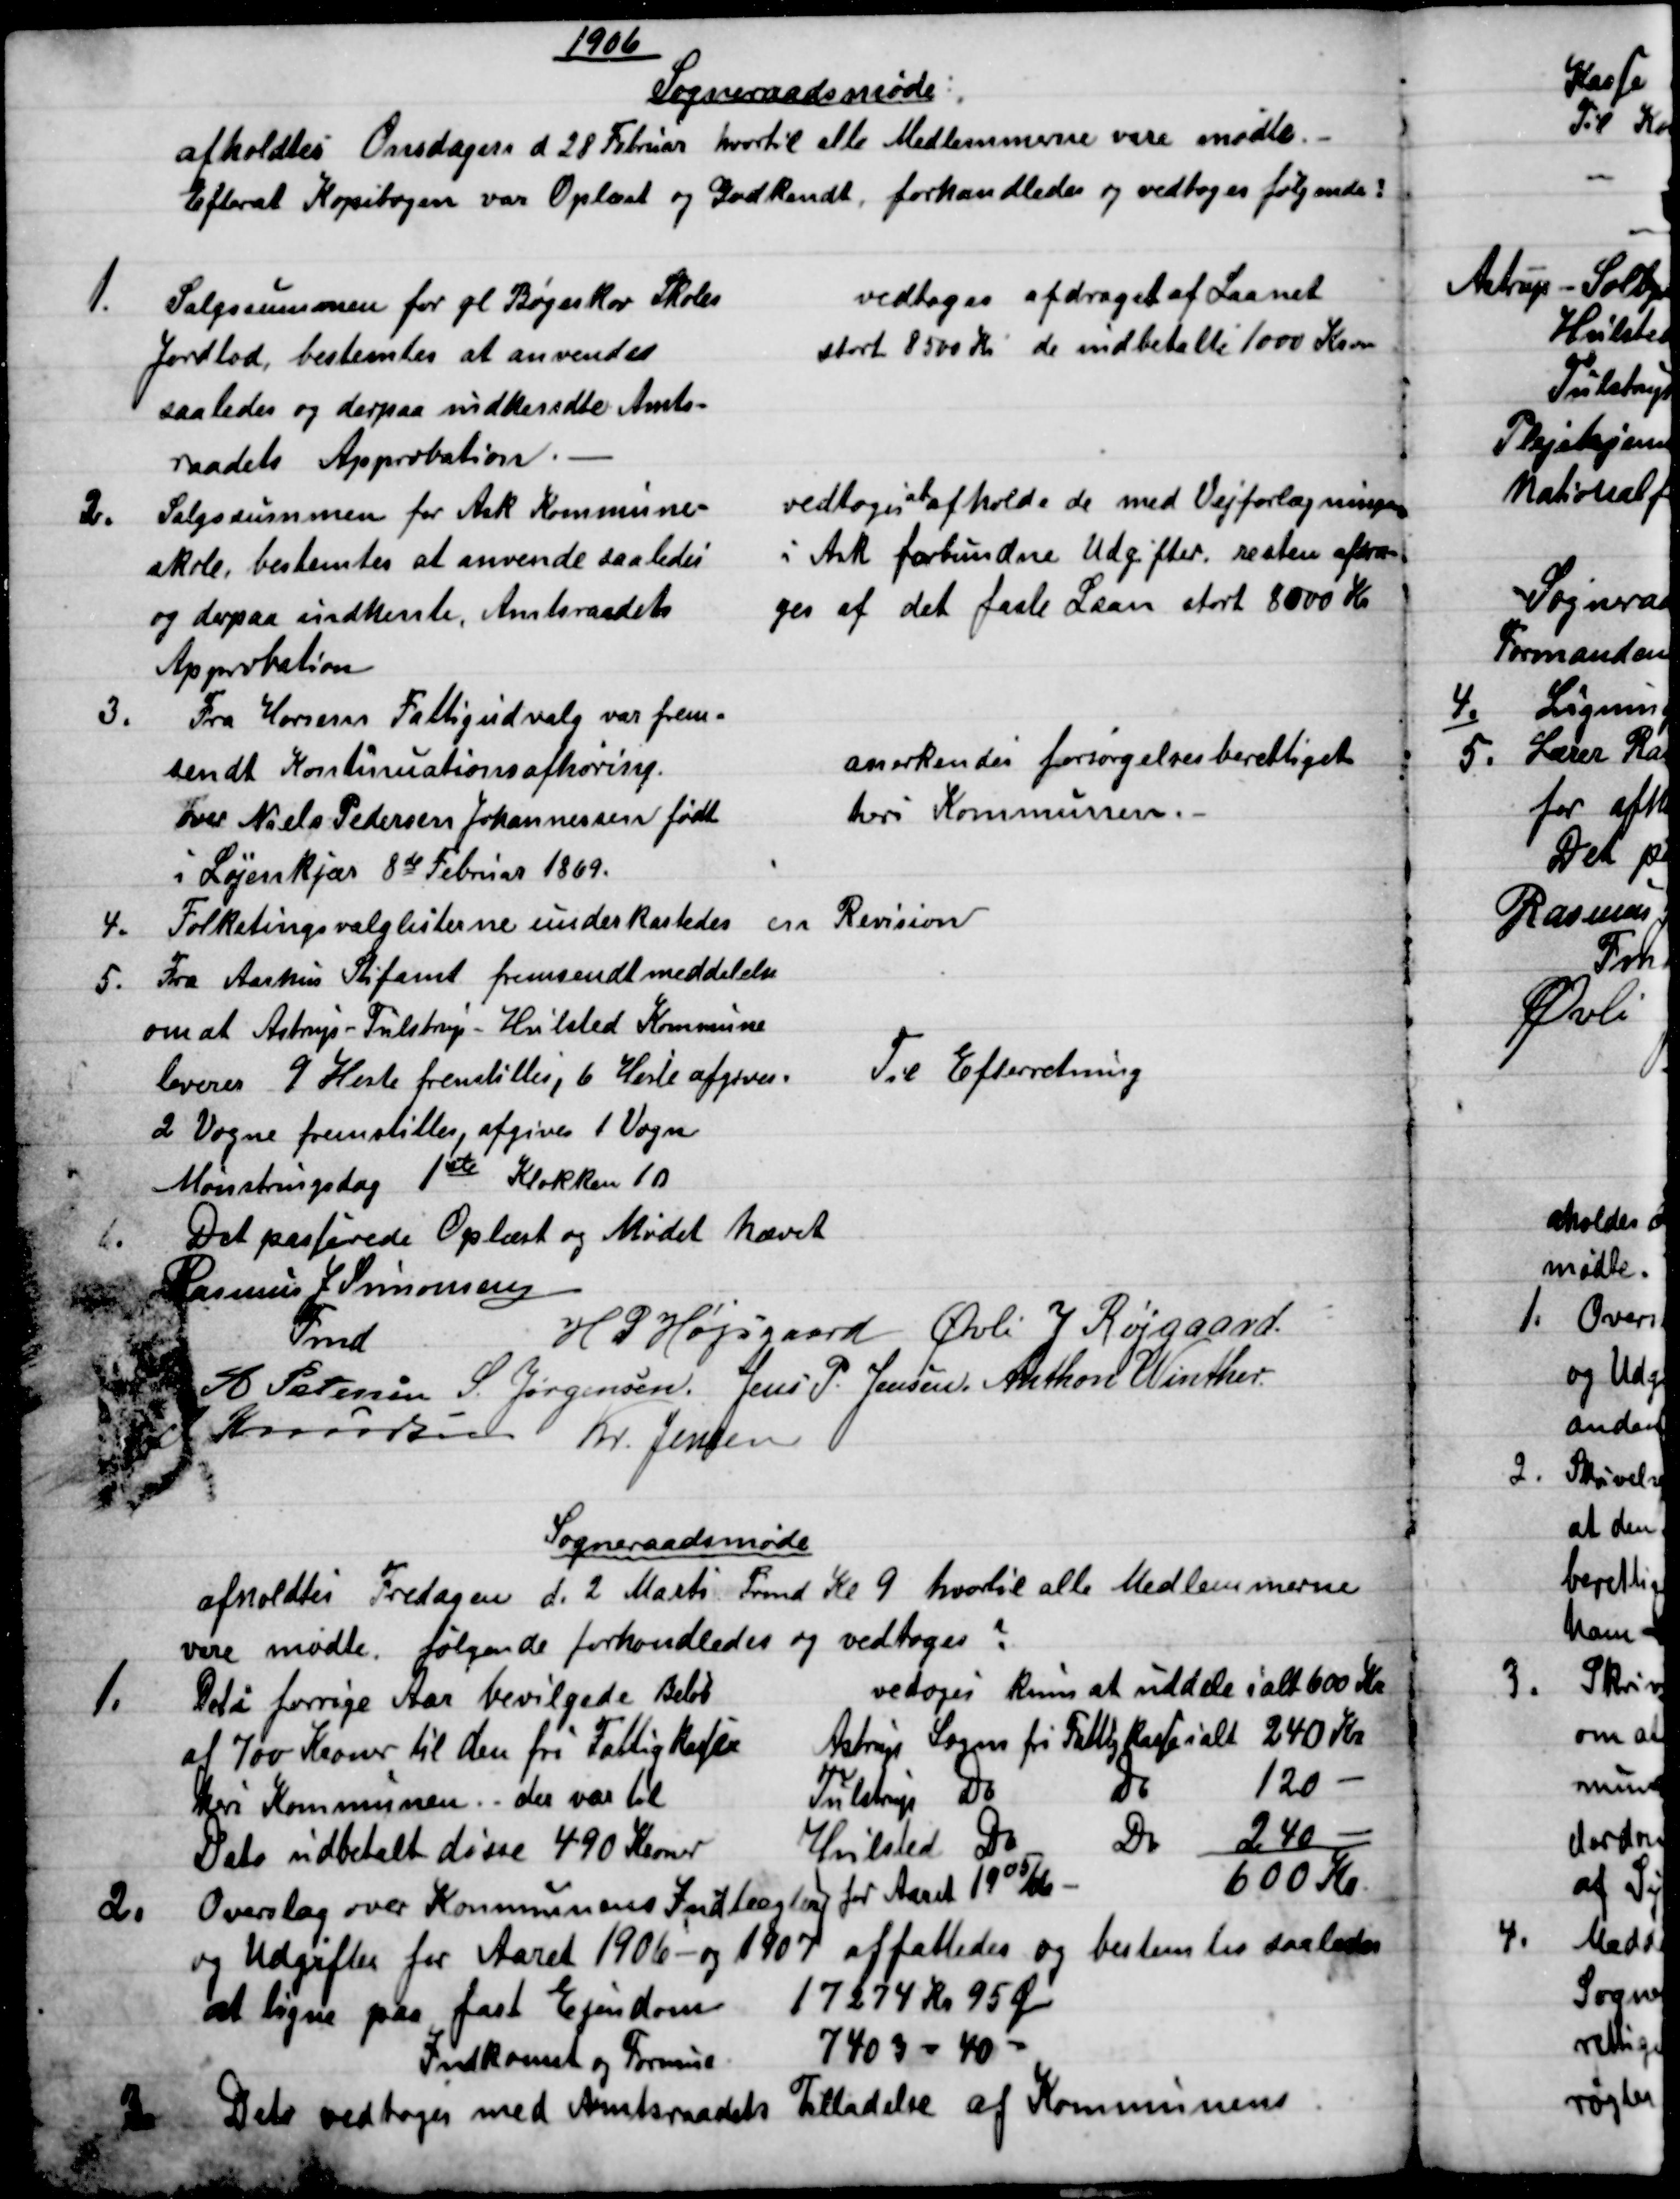
Transskription:
1906
Sogneraadsmøde
afholdtes Onsdagen d 28 Februar hvortil alle Medlemmerne vare mødte.
Efterat Kopibogen var Oplæst og Godkendt, forhandledes og vedtoges følgende?
1.
Salgssummen for gl Bøgeskov Skoles
Jordlod, bestemtes at anvendes
saaledes og derpaa indhendte Amts-
raadets Approbation.
vedtoges afdraget af Laanet
stort 8500 Kr de indbetalte 1000 Kron
2.
Salgssummen for Ask Kommune=
skole, bestemtes at anvende saaledes
og derpaa indhente, Amtsraadets
Approbation
vedtoges at afholde de med Vejforlægningen 
i Ask forbundne Udgifter, resten afdra-
ges af det faste Laan stort 8000 Kr
3.
Fra Horsens Fattigudvalg var frem=
sendt Kontinuationsafhøring.
over Niels Pedersen Johannessen født
i Løjenkjær 8de Februar 1869.
anerkendes forsørgelsesberettiget
heri Kommunen. 
4.
Folketingsvalglisterne underkastedes en Revision
5.
Fra Aarhus Stiftamt fremsendt meddelelse
om at Astrup - Tulstrup - Hvilsted Kommune
leverer 9 Heste fremstilles, 6 Heste afgives.
2 Vogne fremstilles, afgives 1 Vogn
Mønstringsdag 1ste Klokken 10
Til Efterretning
6.
Det passerede Oplæst og Mødet hævet
Rasmus J Simonsen
Fmd
H. P. Højsgaard Øvli J Røjgaard.
A Petersen S. Jørgensen. Jens P. Jensen. Anthon Winther.
J Knudsen Kr. Jensen
Sogneraadsmøde
afholdtes Fredagen d. 2 Marts Frmd Kl 9 hvortil alle Medlemmerne
vare mødte. følgende forhandledes og vedtoges?
1.
Det i forrige Aar bevilgede Beløb
af 700 Kroner til den fri Fattigkasse
heri Kommunen. der var til
Dato udbetalt disse 490 Kroner
vetoges kun at uddele i alt 600 Kr
Astrup Sogns fri Fattigkasse i alt 240 Kr.
Tulstrup Do 
Do 
120 
Hvilsted Do 
Do 
240 
for Aaret 1905/06 
600 Kr.
2.
Overslag over Kommunens Indtægter 
og Udgifter for Aaret 1906- og 1907 affattedes og bestemtes saaledes
at ligne paa fast Ejendom
17274 kr 95 Øre
Indkomst og Formue
7403 - 40 
3
Det vedtoges med Amtsraadets Tilladelse af Kommunens